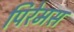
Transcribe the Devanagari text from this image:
पिरेमस